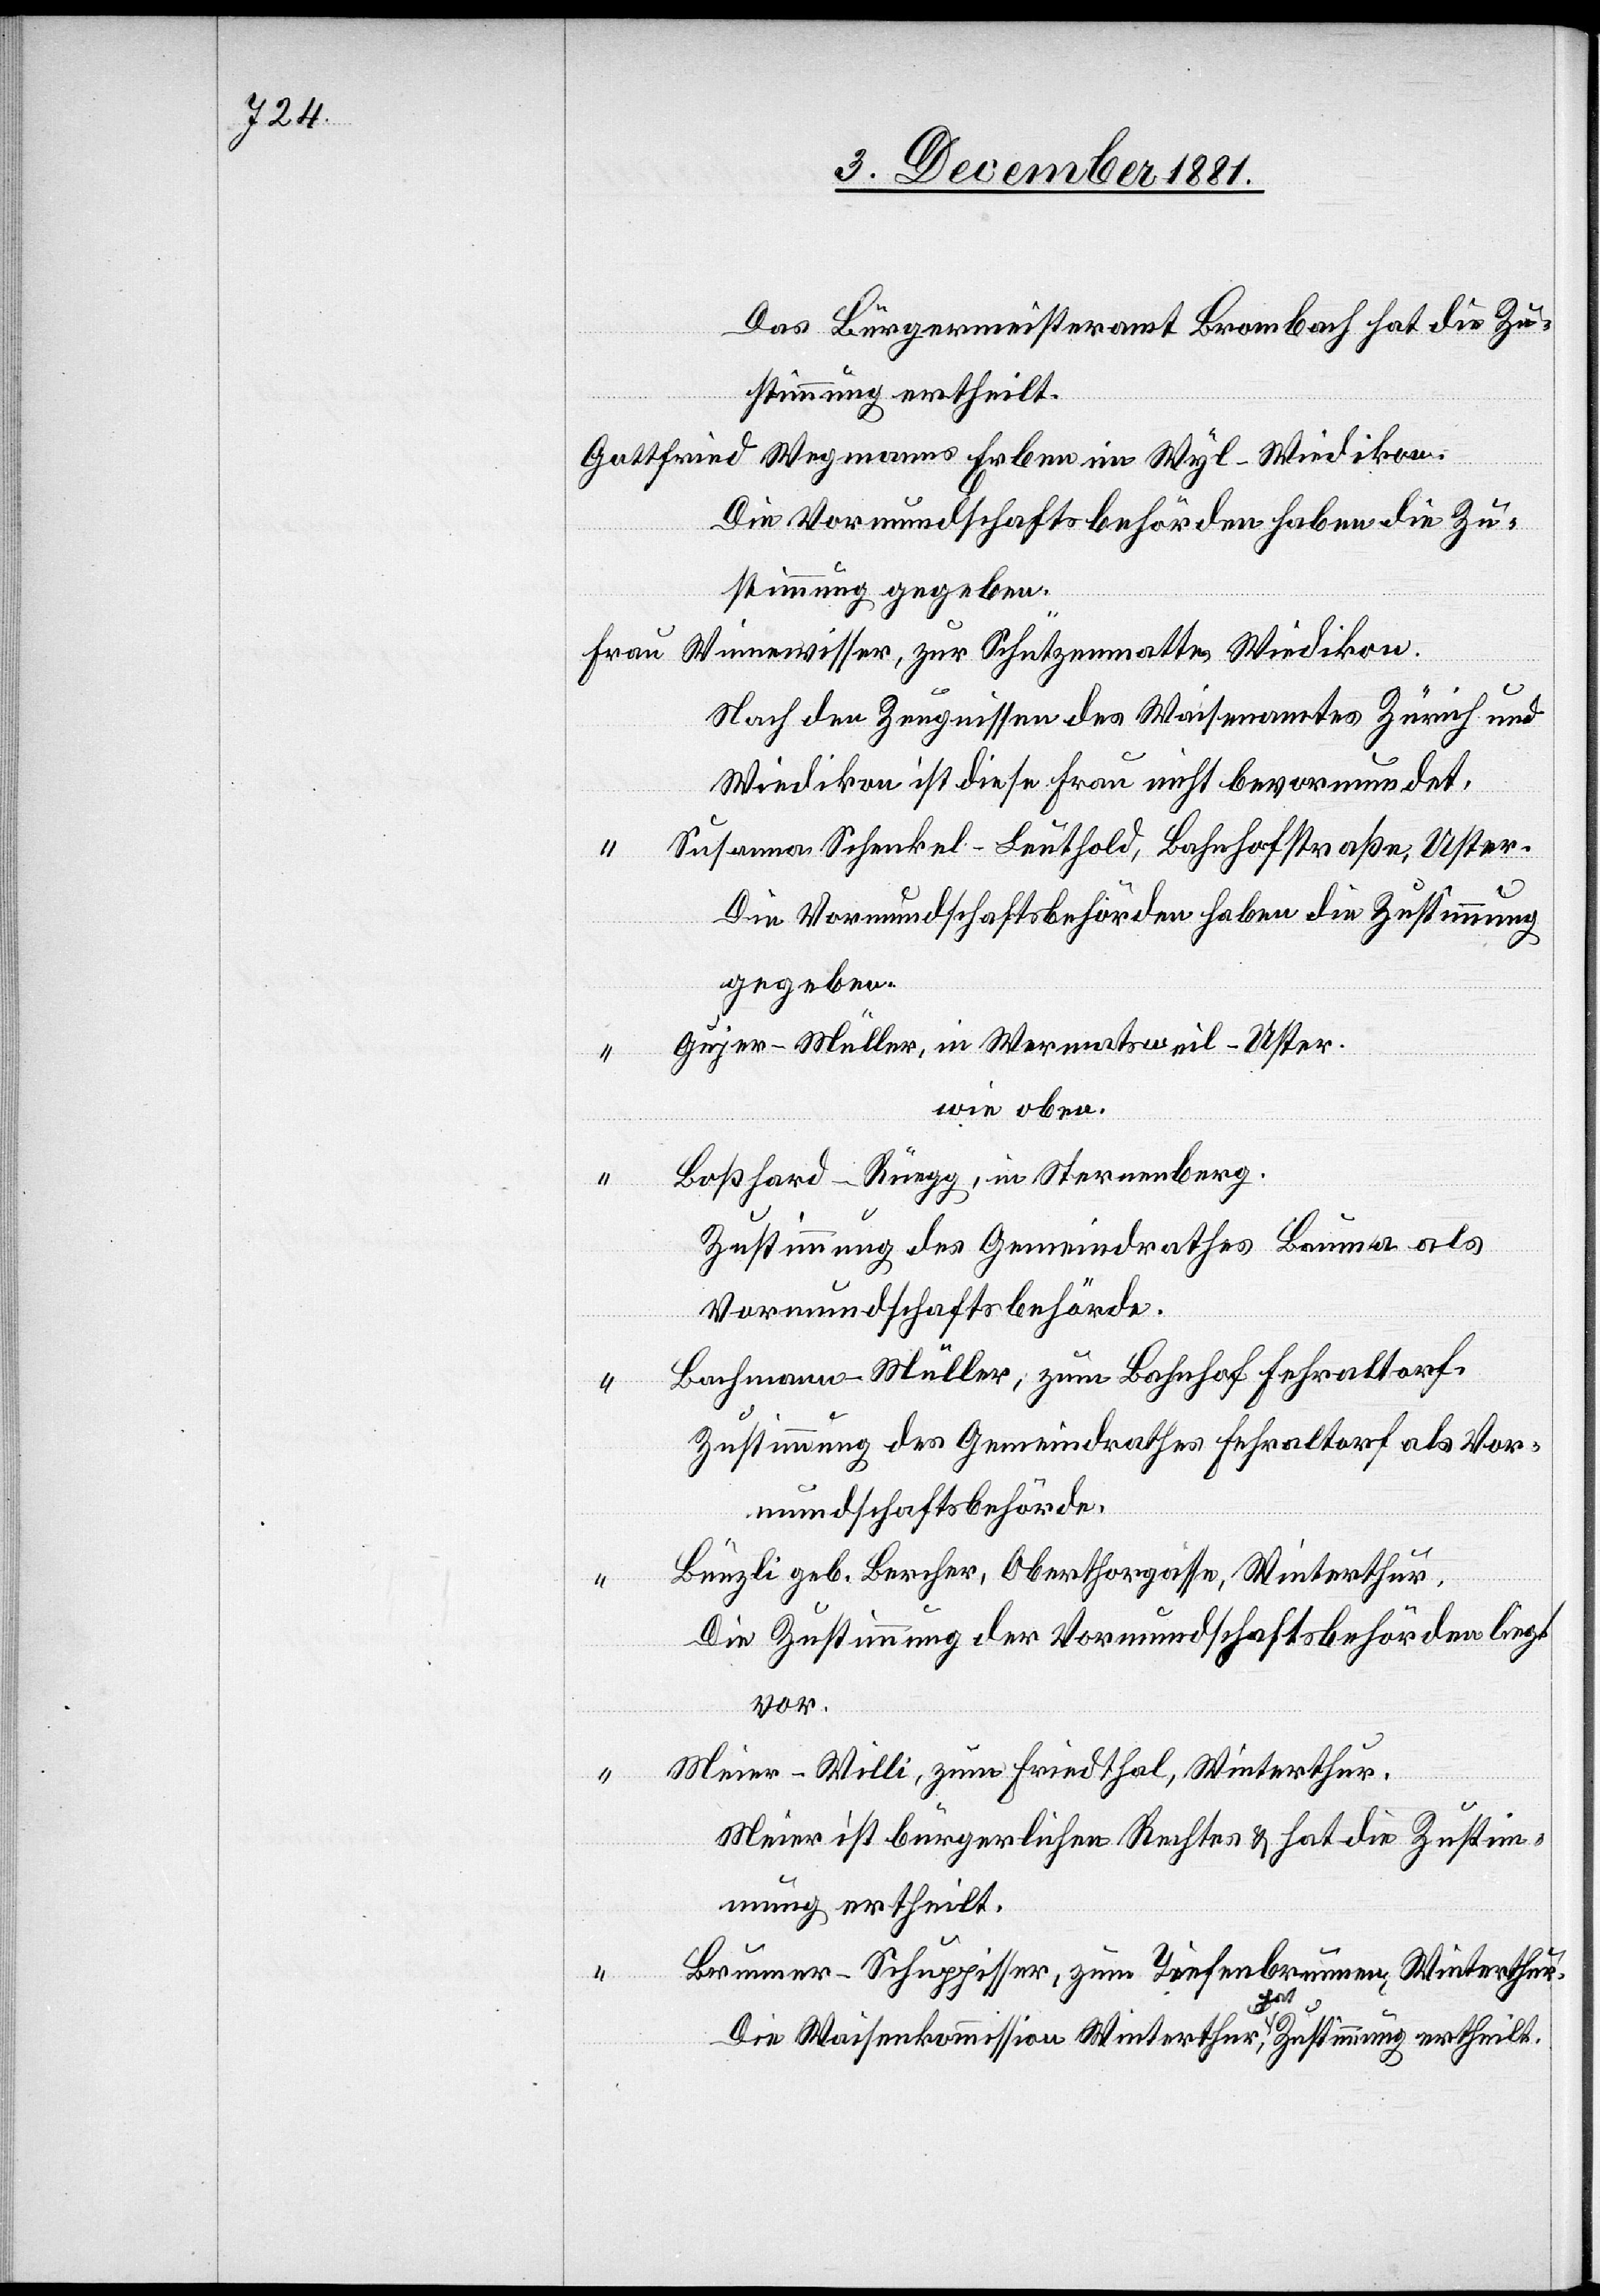
Das Bürgermeisteramt Brombach hat die Zu¬
vor.
stimmung ertheilt.
Gottfried Wegmann Erben im Wyl-Wiedikon.
Frau
Winnewisser, zur Schützenmatte, Wiedikon.
Nach den Zeugnissen des Waisenamtes Zürich und
Wiedikon ist diese Frau nicht bevormundet.
Susanna Schenkel-Leuthold, Bahnhofstraße, Uster.
Die Vormundschaftsbehörden haben die Zustimmung
gegeben.
Gujer-Müller, in Wermatsweil-Uster.
Wie oben.
Boßhard-Rüegg, in Sternenberg.
Zustimmung des Gemeindrathes Bauma als
Vormundschaftsbehörde.
“
Bachmann-Müller, zum Bahnhof Fehraltdorf.
Zustimmung des Gemeindrathes Fehraltdorf als Vor¬
mundschaftsbehörde.
Bünzli geb. Bercher, Oberthorgasse, Winterthur.
Die Zustimmung der Vormundschaftsbehörde liegt
Meier-Willi, zum Friedthal, Winterthur.
Meier ist bürgerlichen Rechtes & hat die Zustim¬
mung ertheilt.
Brunner-Schuppisser, zum Tiefenbrunnen, Winterthur.
Die Waisenkommission Winterthur hat [die] Zustimmung ertheilt.